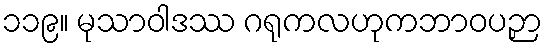
၁၁၉။ မုသာဝါဒဿ ဂရုကလဟုကဘာဝပဉှာ